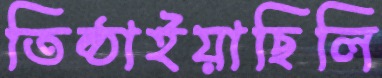
তিষ্ঠাইয়াছিলি